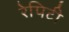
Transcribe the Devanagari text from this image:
रेपिटी